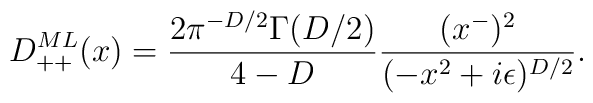
D_{++}^{ML} (x) ={2 \pi^{-D/2} \Gamma (D/2) \over 4 - D}{(x^-)^2 \over (- x^2 + i \epsilon)^{D/2}}.